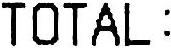
TOTAL :